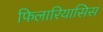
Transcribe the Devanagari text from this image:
फिलारियासिस